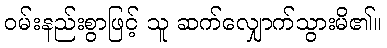
ဝမ်းနည်းစွာဖြင့် သူ ဆက်လျှောက်သွားမိ၏။